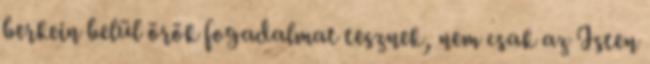
berkein belül örök fogadalmat tesznek, nem csak az Isten